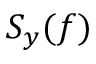
S _ { y } ( f )